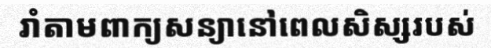
រាំតាមពាក្យសន្យានៅពេលសិស្សរបស់